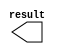
// megafunction wizard: %LPM_CONSTANT%VBB%
// GENERATION: STANDARD
// VERSION: WM1.0
// MODULE: LPM_CONSTANT 

// ============================================================
// Megafunction Name(s):
// 			LPM_CONSTANT
//
// Simulation Library Files(s):
// 			lpm
// ============================================================
// ************************************************************
// THIS IS A WIZARD-GENERATED FILE. DO NOT EDIT THIS FILE!
//
// 13.0.1 Build 232 06/12/2013 SP 1 SJ Web Edition
// ************************************************************

//Copyright (C) 1991-2013 Altera Corporation
//Your use of Altera Corporation's design tools, logic functions 
//and other software and tools, and its AMPP partner logic 
//functions, and any output files from any of the foregoing 
//(including device programming or simulation files), and any 
//associated documentation or information are expressly subject 
//to the terms and conditions of the Altera Program License 
//Subscription Agreement, Altera MegaCore Function License 
//Agreement, or other applicable license agreement, including, 
//without limitation, that your use is for the sole purpose of 
//programming logic devices manufactured by Altera and sold by 
//Altera or its authorized distributors.  Please refer to the 
//applicable agreement for further details.

module lpm_constant0 (
	result);

	output	[1:0]  result;

endmodule

// ============================================================
// CNX file retrieval info
// ============================================================
// Retrieval info: PRIVATE: INTENDED_DEVICE_FAMILY STRING "Cyclone IV GX"
// Retrieval info: PRIVATE: JTAG_ENABLED NUMERIC "0"
// Retrieval info: PRIVATE: JTAG_ID STRING "NONE"
// Retrieval info: PRIVATE: Radix NUMERIC "10"
// Retrieval info: PRIVATE: SYNTH_WRAPPER_GEN_POSTFIX STRING "0"
// Retrieval info: PRIVATE: Value NUMERIC "2"
// Retrieval info: PRIVATE: nBit NUMERIC "2"
// Retrieval info: PRIVATE: new_diagram STRING "1"
// Retrieval info: LIBRARY: lpm lpm.lpm_components.all
// Retrieval info: CONSTANT: LPM_CVALUE NUMERIC "2"
// Retrieval info: CONSTANT: LPM_HINT STRING "ENABLE_RUNTIME_MOD=NO"
// Retrieval info: CONSTANT: LPM_TYPE STRING "LPM_CONSTANT"
// Retrieval info: CONSTANT: LPM_WIDTH NUMERIC "2"
// Retrieval info: USED_PORT: result 0 0 2 0 OUTPUT NODEFVAL "result[1..0]"
// Retrieval info: CONNECT: result 0 0 2 0 @result 0 0 2 0
// Retrieval info: GEN_FILE: TYPE_NORMAL lpm_constant0.v TRUE
// Retrieval info: GEN_FILE: TYPE_NORMAL lpm_constant0.inc FALSE
// Retrieval info: GEN_FILE: TYPE_NORMAL lpm_constant0.cmp FALSE
// Retrieval info: GEN_FILE: TYPE_NORMAL lpm_constant0.bsf TRUE FALSE
// Retrieval info: GEN_FILE: TYPE_NORMAL lpm_constant0_inst.v FALSE
// Retrieval info: GEN_FILE: TYPE_NORMAL lpm_constant0_bb.v TRUE
// Retrieval info: LIB_FILE: lpm